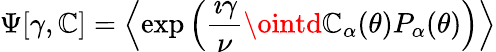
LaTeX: \Psi[\gamma,\mathbb{C}]=\left\langle\exp\left(\frac{{\imath\gamma}}{{\nu}}\ointd\mathbb{C}_{\alpha}(\theta)P_{\alpha}(\theta)\right)\right\rangle